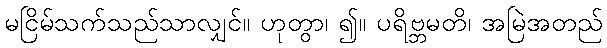
မငြိမ်သက်သည်သာလျှင်။ ဟုတွာ၊ ၍။ ပရိဗ္ဘမတိ၊ အမြဲအတည်